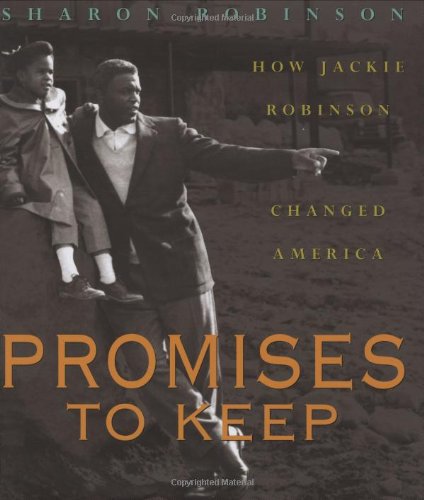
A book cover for Promises to Keep: How Jackie Robinson Changed America; Sharon Robinson; Children's Books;